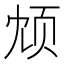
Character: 𫖫